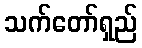
သက်တော်ရှည်